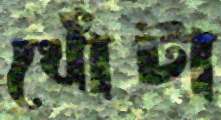
খোঁটা